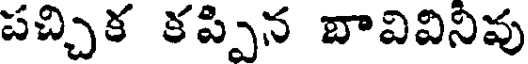
పచ్చిక కప్పిన బావివినివు